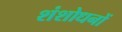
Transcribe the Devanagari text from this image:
शंशोधनों